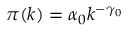
\pi ( k ) = \alpha _ { 0 } k ^ { - \gamma _ { 0 } }